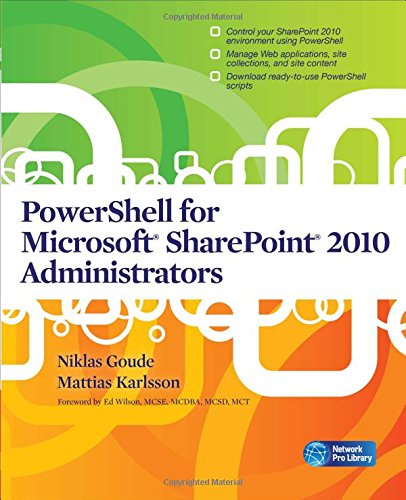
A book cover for PowerShell for Microsoft SharePoint 2010 Administrators; Niklas Goude; Computers & Technology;